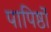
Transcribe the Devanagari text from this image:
पापिष्ठों